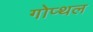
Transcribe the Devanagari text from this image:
गोप्थल